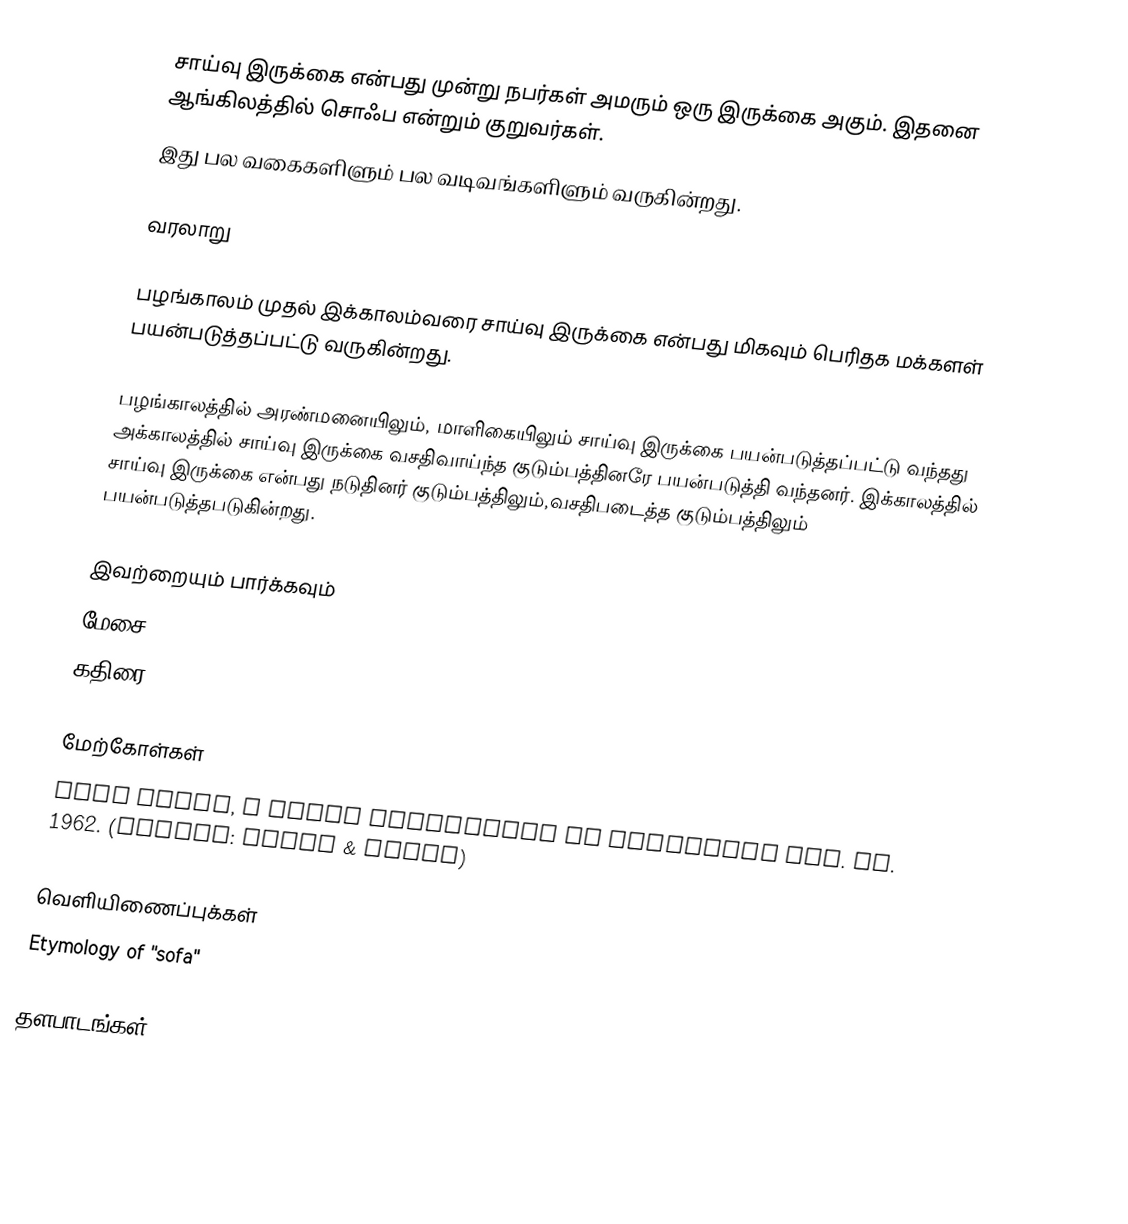
சாய்வு இருக்கை என்பது முன்று நபர்கள் அமரும் ஒரு இருக்கை அகும். இதனை ஆங்கிலத்தில் சொஃப என்றும் குறுவர்கள்.
இது பல வகைகளிளும் பல வடிவங்களிளும் வருகின்றது.

வரலாறு

பழங்காலம் முதல் இக்காலம்வரை சாய்வு இருக்கை என்பது மிகவும் பெரிதக மக்களள் பயன்படுத்தப்பட்டு வருகின்றது.

பழங்காலத்தில் அரண்மனையிலும், மாளிகையிலும் சாய்வு இருக்கை பயன்படுத்தப்பட்டு வந்தது அக்காலத்தில் சாய்வு இருக்கை வசதிவாய்ந்த குடும்பத்தினரே பயன்படுத்தி வந்தனர். இக்காலத்தில் சாய்வு இருக்கை என்பது நடுதினர் குடும்பத்திலும்,வசதிபடைத்த குடும்பத்திலும் பயன்படுத்தபடுகின்றது.

இவற்றையும் பார்க்கவும்
 மேசை
 கதிரை

மேற்கோள்கள்
 John Gloag, A Short Dictionary of Furniture rev. ed. 1962. (London: Allen & Unwin)

வெளியிணைப்புக்கள்
 Etymology of "sofa"

தளபாடங்கள்